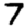
Digit: 7